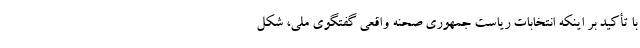
با تأکید بر اینکه انتخابات ریاست جمهوری صحنه واقعی گفتگوی ملی، شکل